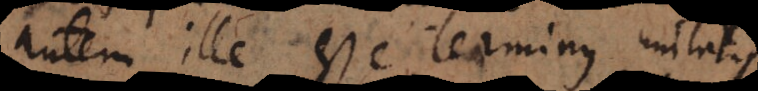
autem ille esse terminus unitati